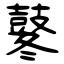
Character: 鼕